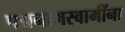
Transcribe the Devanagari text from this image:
पद्मनाभस्वामींना